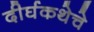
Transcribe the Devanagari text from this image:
दीर्घकथेचे